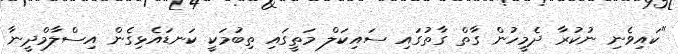
"ކައިވެނި ނުކުރާ ދެމީހުން ގާތް ގާތުގައި ސައިކަލް މަތީގައި ތިބުމަކީ ކަނޑައެޅިގެން އިސްލާމްދީނާ